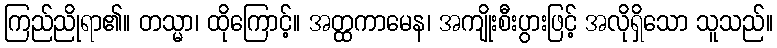
ကြည်ညိုရာ၏။ တသ္မာ၊ ထိုကြောင့်။ အတ္ထကာမေန၊ အကျိုးစီးပွားဖြင့် အလိုရှိသော သူသည်။